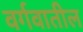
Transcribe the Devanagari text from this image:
वर्गवातील